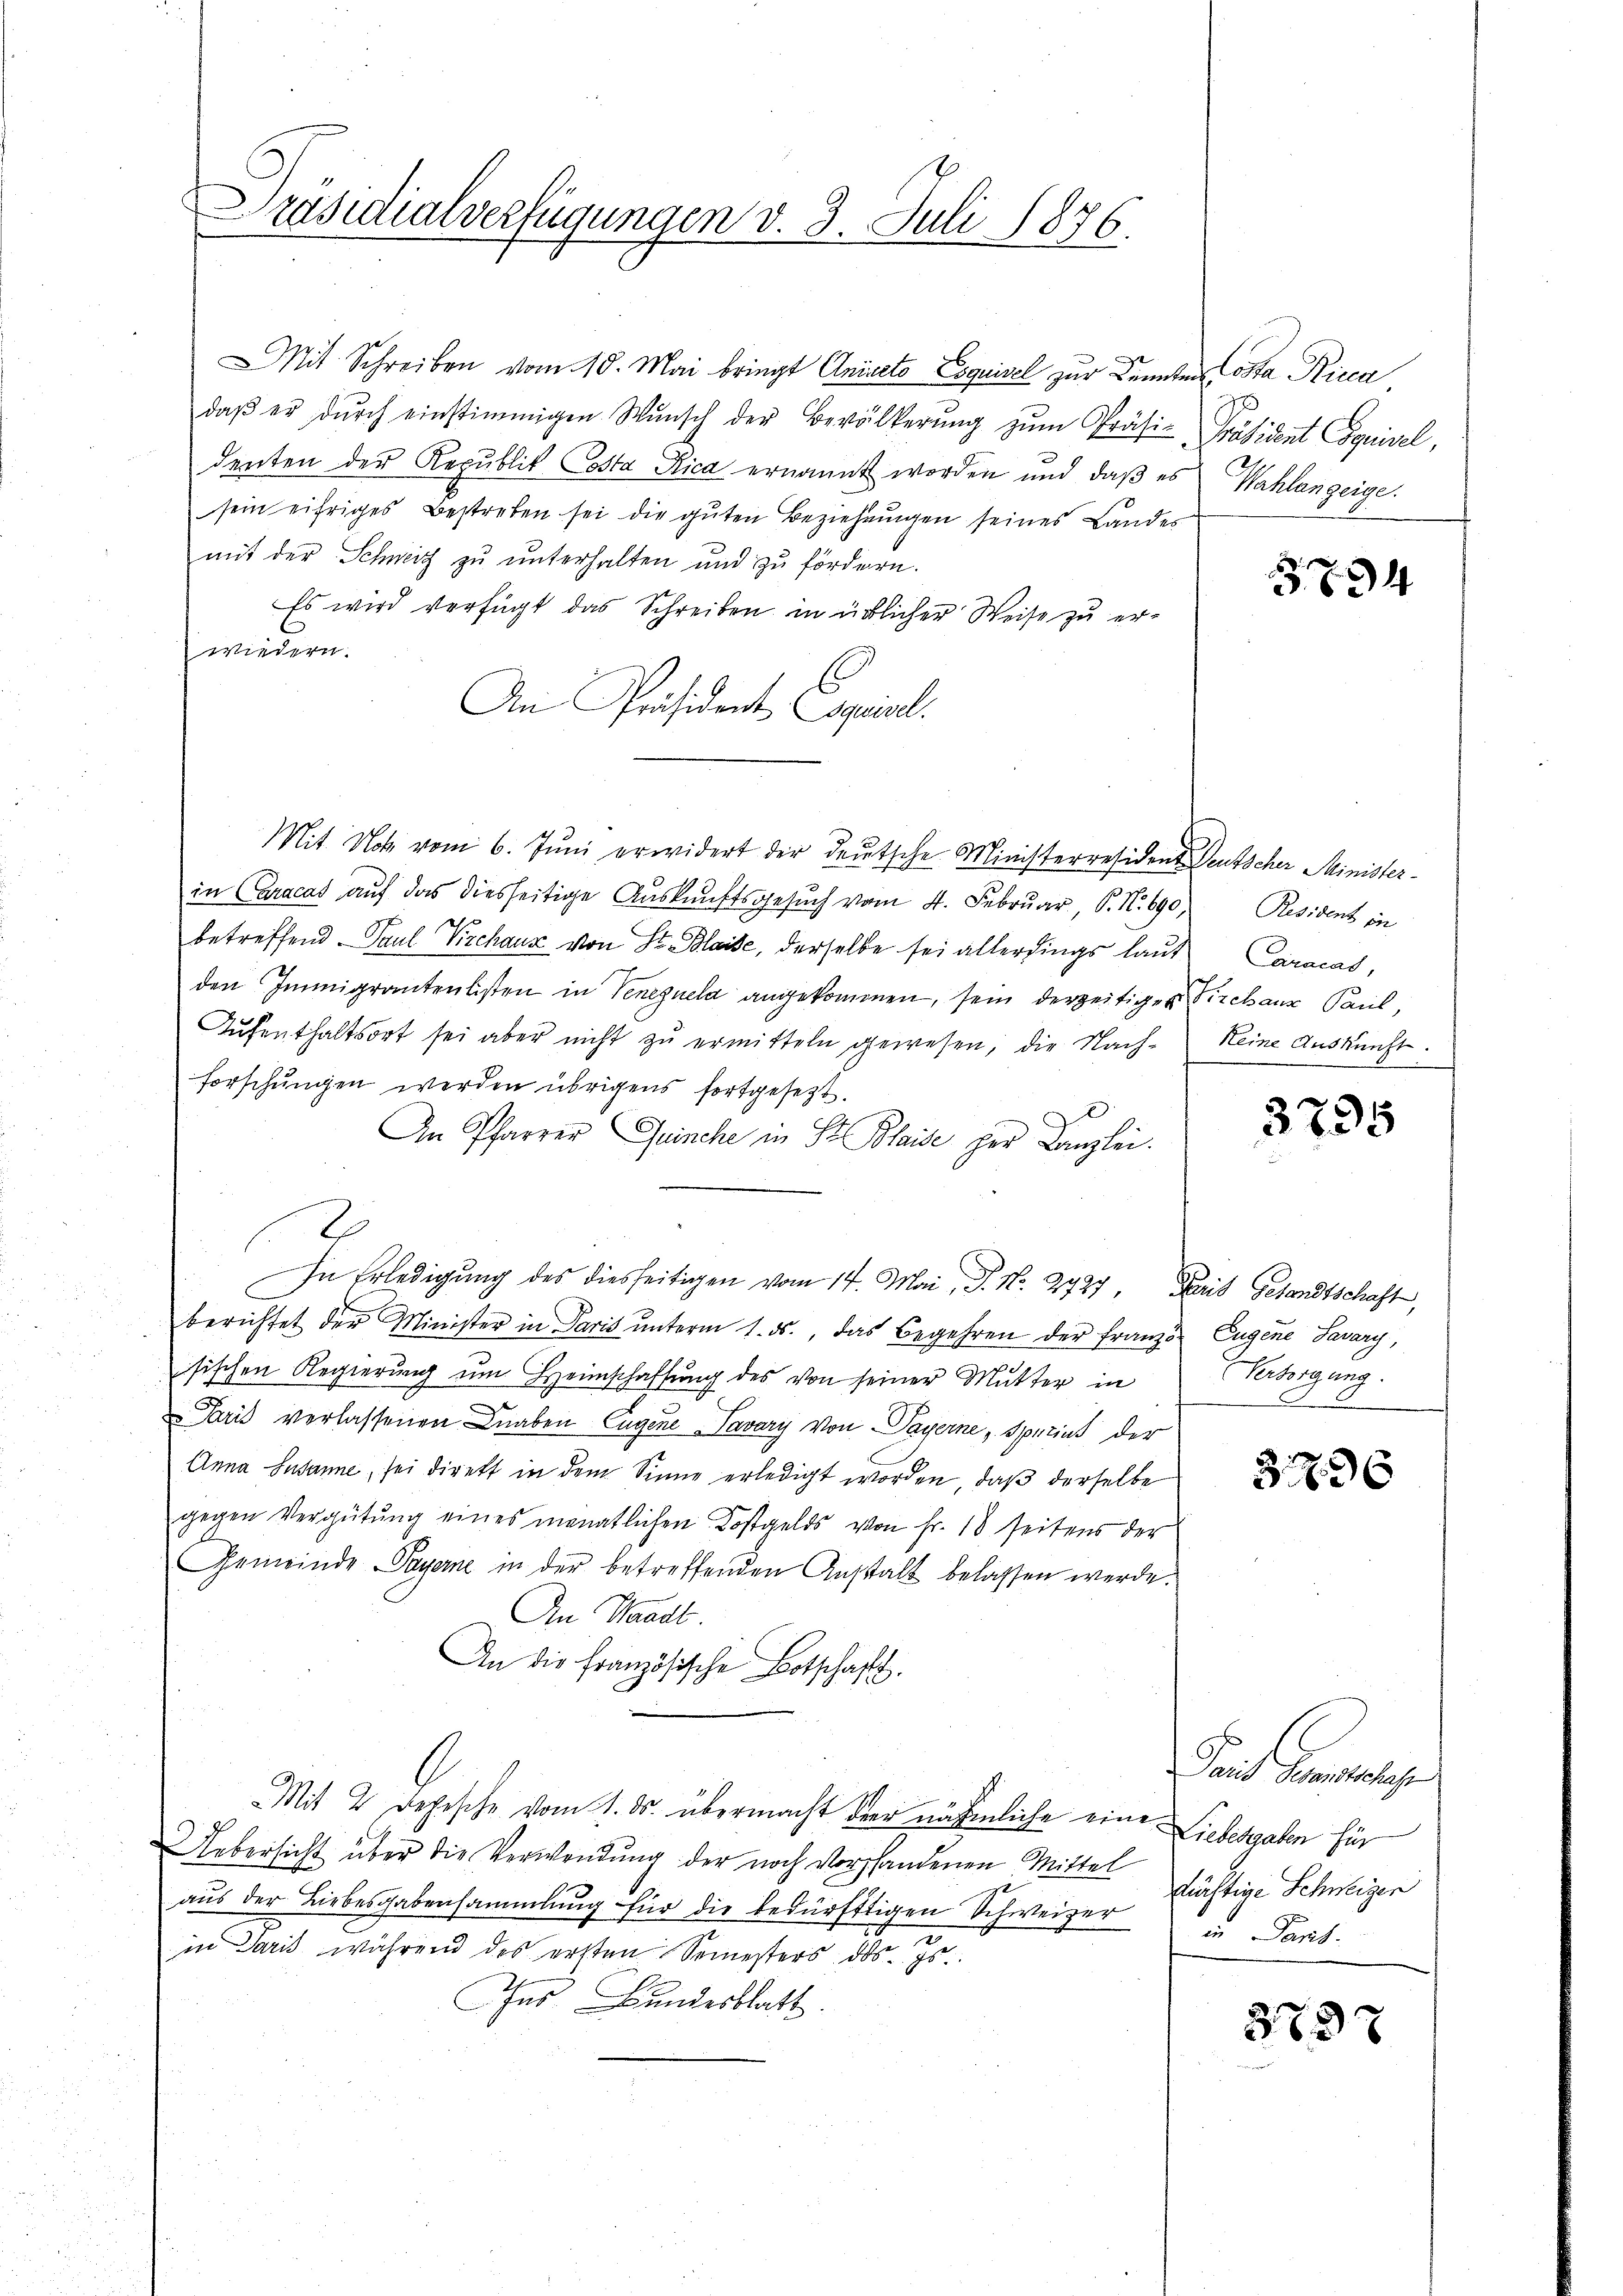
Präsidialverfügungen v. 3. Juli 1876.

MMit Schreiben vom 10. Mai bringt Aniato Esquisel zur Kennten Costa Ricca
daβ er dŭrch einstimmigen Wŭnsch der Bevölkerŭng zŭm Präsi-Präsident Equisel,
denten der Republik Costa Rica ernannt worden und daß es
sein eifriges Bestreben sei die guten Beziehŭngen seines Landes
mit der Schweiz zu unterhalten und zu fördern.
Es wird verfügt das Schreiben in üblicher Weise zu erwiedern.
An Präsident spiel.
Mit Not vom 6. Juni erwidert der deutsche Ministerresident Deutscher Ministerin Caracas auf das diesseitige Auskunftsgesuch vom 4. Februar, P. N. 690,
betreffend Paul Pirchaus von St. Blaise, derselbe sei allerdings laut
den Immigrantenlisten in Veneguela angekommen, sein derzeitiger Kirchaus Paul,
Aŭfenthaltsort sei aber nicht zŭ ermitteln gewesen, die Nach- keine Auskunft.
forschungen werden übrigens fortgesetzt.
An Pfarrer Quinche in St. Blaide her Kanzlei.
In Erledigung des diesseitigen vom 14. Mai, P. Nr. 2727. Paris Gesandtschaft,
berichtet der Minister in Paris ŭnterm 1. ds., das Begehren der Franz Eugene Savary,
sischen Regierŭng ŭm Heimschaffŭng des von seiner Mutter in
Paris verlassenen Knaben Eugene Tavary von Payerne, Sperint der
Anna Susanne, sei direkt in dem Sinne erledigt worden, daß derselbe
gegen Vergütung eines monatlichen Kostgelds von Fr. 18 seitens der
Gemeinde Payerne in der betreffenden Anstalt belassen werde.
An Standt.
An die Französische Botschafft.
Mit 2 Depesche vom 1. ds. übermacht der nähmliche eine Liebesgaben für
Uebersicht über die Verwendung der noch vorstandenen Mittel
aŭs der Liebesgabensammlung für die bedürftigen Schweizer in Paris-
in Paris während des ersten Semesters des Is
Ins Bundesblatt.

Wahlanzeige.

3894

Resident in
Cracas,

3795

Versorgung.

396

bange
tüchtige Schweizer

3837